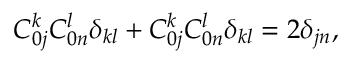
C _ { 0 j } ^ { k } C _ { 0 n } ^ { l } \delta _ { k l } + C _ { 0 j } ^ { k } C _ { 0 n } ^ { l } \delta _ { k l } = 2 \delta _ { j n } ,